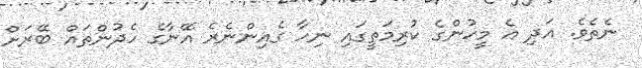
ނެތެވެ. އަދި އެ މީހުންގެ ކުރިމަތީގައި ނިހާ ގެއިންނެރެ އޭނާގެ ހެދުންތައް ބޭރަށްް